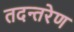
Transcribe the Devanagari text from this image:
तदन्तरेण